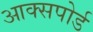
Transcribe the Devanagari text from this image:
आक्सपोर्ड